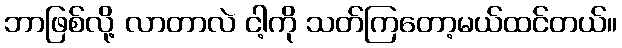
ဘာဖြစ်လို့ လာတာလဲ ငါ့ကို သတ်ကြတော့မယ်ထင်တယ်။